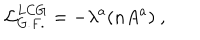
LaTeX: { \cal L } _ { G . F . } ^ { L C G } = - \lambda ^ { a } ( n A ^ { a } ) \ ,